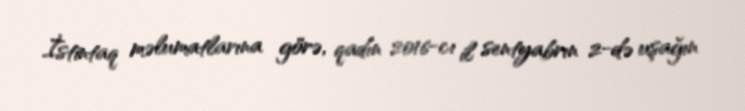
İstintaq məlumatlarına görə, qadın 2016-cı il sentyabrın 2-də uşağın